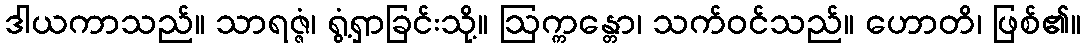
ဒါယကာသည်။ သာရဇ္ဇံ၊ ရွံ့ရှာခြင်းသို့။ ဩက္ကန္တော၊ သက်ဝင်သည်။ ဟောတိ၊ ဖြစ်၏။